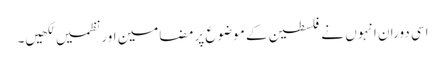
اسی دوران انہوں نے فلسطین کے موضوع پر مضامین اور نظمیں لکھیں۔